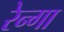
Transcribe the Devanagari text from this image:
रेन्गा